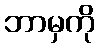
ဘာမှကို